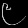
Digit: ၉